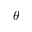
\theta